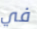
في